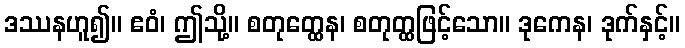
ဒဿနဟူ၍။ ဧဝံ၊ ဤသို့။ စတုတ္ထေန၊ စတုတ္ထဖြင့်သော။ ဒုကေန၊ ဒုက်နှင့်။